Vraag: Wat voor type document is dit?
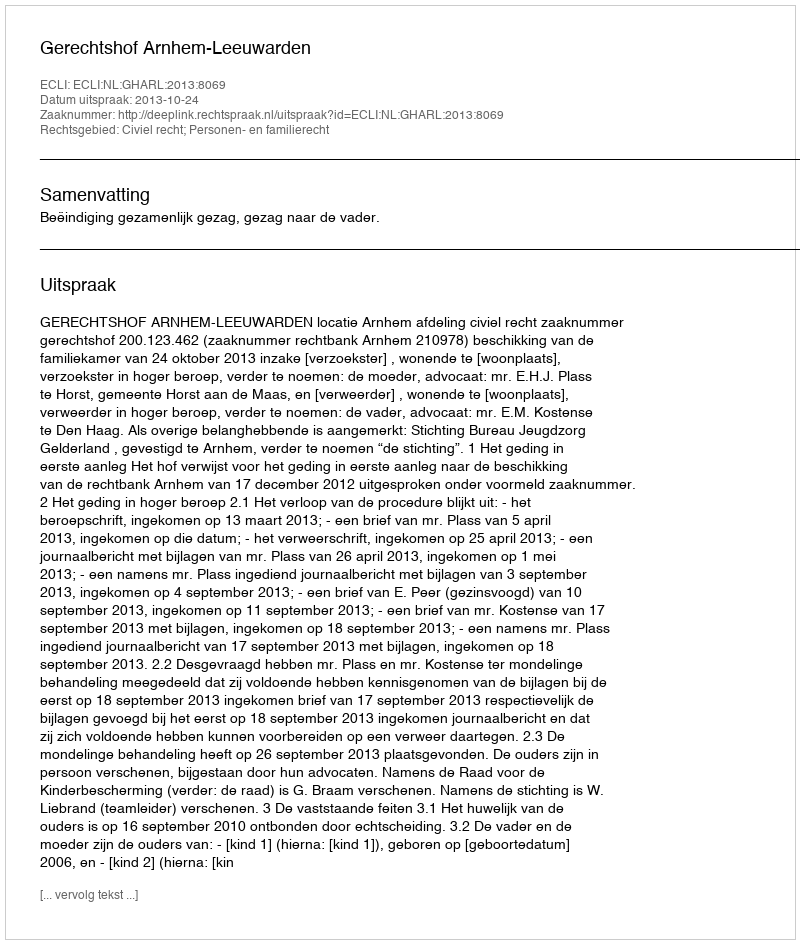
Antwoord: Uitspraak